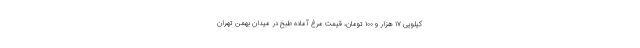
کیلویی ۱۷ هزار و ۱۰۰ تومان، قیمت مرغ آماده طبخ در میدان بهمن تهران